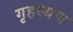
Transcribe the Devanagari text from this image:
गृहस्थच